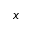
x